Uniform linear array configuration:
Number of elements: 8
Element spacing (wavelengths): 0.25
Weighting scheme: kaiser
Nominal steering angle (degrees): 60
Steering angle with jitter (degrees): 58.407
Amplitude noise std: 0.05
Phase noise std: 0.05

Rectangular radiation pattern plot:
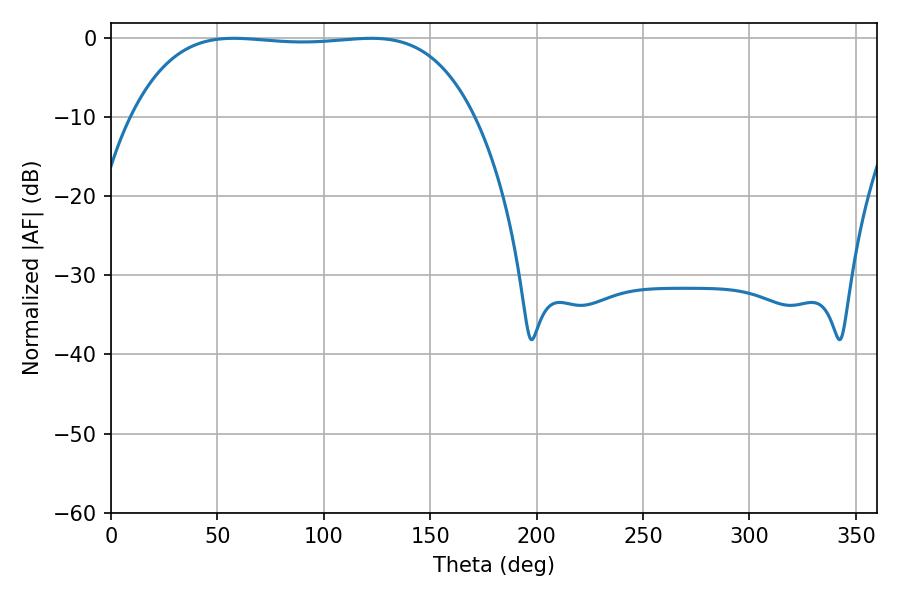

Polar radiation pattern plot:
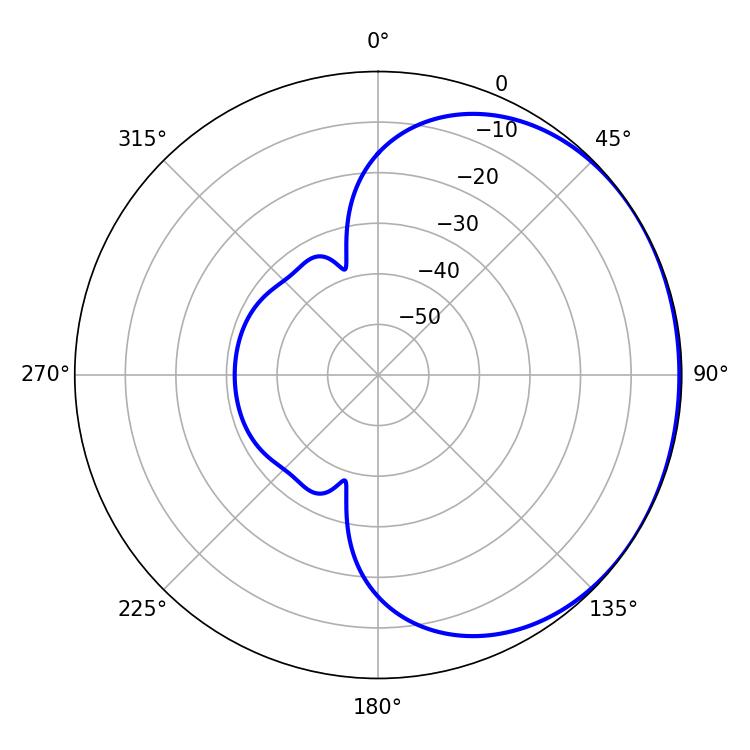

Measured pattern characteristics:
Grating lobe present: FALSE
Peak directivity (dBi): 0.7527
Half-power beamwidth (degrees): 126
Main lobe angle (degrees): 57.6